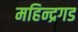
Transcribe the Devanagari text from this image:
महिन्द्रगड